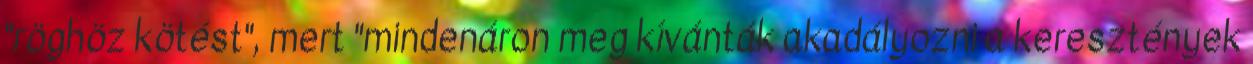
"röghöz kötést", mert "mindenáron meg kívánták akadályozni a keresztények